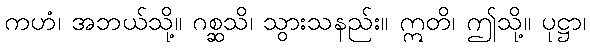
ကဟံ၊ အဘယ်သို့။ ဂစ္ဆသိ၊ သွားသနည်း။ ဣတိ၊ ဤသို့။ ပုဋ္ဌာ၊